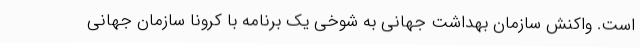
است. واکنش سازمان بهداشت جهانی به شوخی یک برنامه با کرونا سازمان جهانی